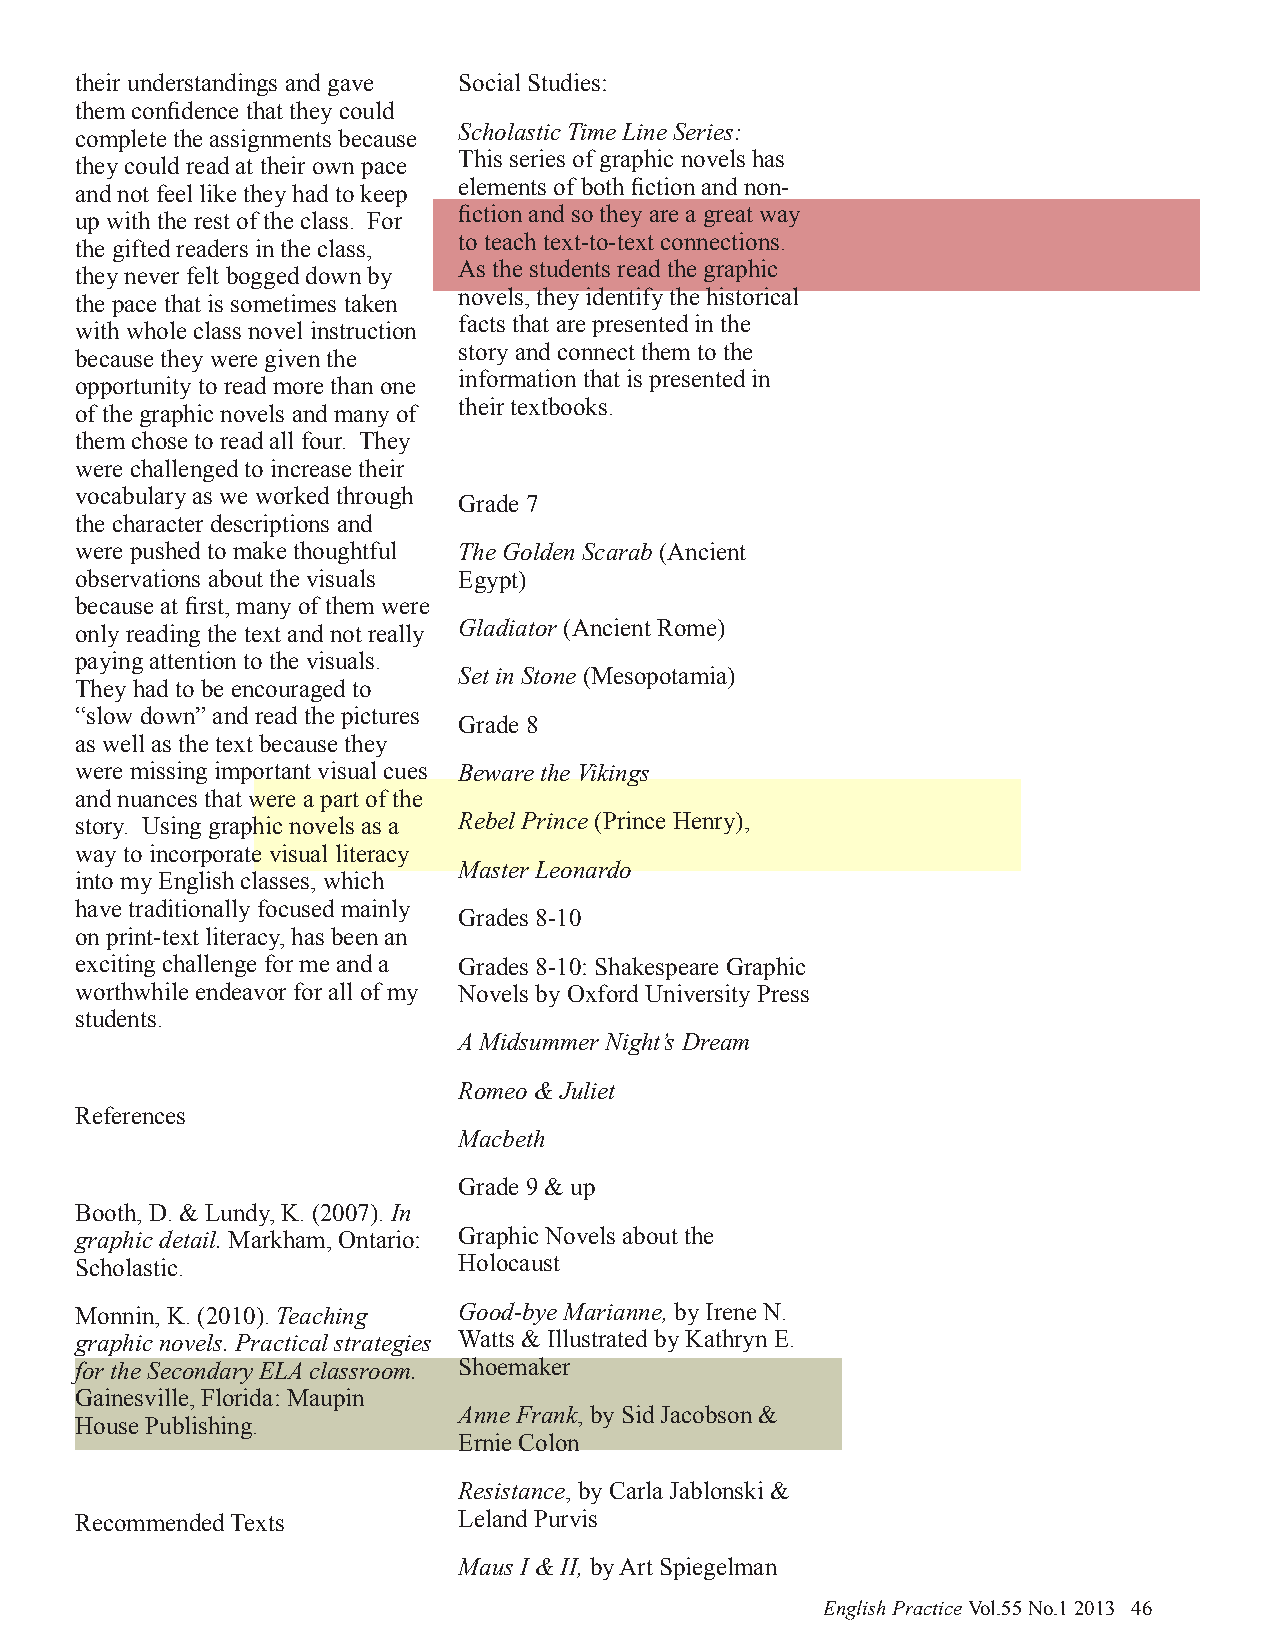
their understandings and gave Social Studies:
 them confidence that they could
 Scholastic Time Line Series:
 complete the assignments because
 This series of graphic novels has
 they could read at their own pace
 elements of both fiction and non-
 and not feel like they had to keep
 fiction and so they are a great way
 up with the rest of the class. For
 to teach text-to-text connections.
 the gifted readers in the class,
 As the students read the graphic
 they never felt bogged down by
 novels, they identify the historical
 the pace that is sometimes taken
 facts that are presented in the
 with whole class novel instruction
 story and connect them to the
 because they were given the
 information that is presented in
 opportunity to read more than one
 their textbooks.
 of the graphic novels and many of
 them chose to read all four. They
 were challenged to increase their
 vocabulary as we worked through
 Grade 7
 the character descriptions and
 were pushed to make thoughtful The Golden Scarab (Ancient
 observations about the visuals Egypt)
 because at first, many of them were
 only reading the text and not really Gladiator (Ancient Rome)
 paying attention to the visuals.
 Set in Stone (Mesopotamia)
 They had to be encouraged to
 “slow down” and read the pictures
 Grade 8
 as well as the text because they
 were missing important visual cues Beware the Vikings
 and nuances that were a part of the
 story. Using graphic novels as a Rebel Prince (Prince Henry),
 way to incorporate visual literacy
 Master Leonardo
 into my English classes, which
 have traditionally focused mainly
 Grades 8-10
 on print-text literacy, has been an
 exciting challenge for me and a Grades 8-10: Shakespeare Graphic
 worthwhile endeavor for all of my Novels by Oxford University Press
 students.
 A Midsummer Night’s Dream
 Romeo & Juliet
 References
 Macbeth
 Grade 9 & up
 Booth, D. & Lundy, K. (2007). In
 graphic detail. Markham, Ontario: Graphic Novels about the
 Scholastic.              Holocaust
 Monnin, K. (2010). Teaching Good-bye Marianne, by Irene N.
 graphic novels. Practical strategies Watts & Illustrated by Kathryn E.
 for the Secondary ELA classroom. Shoemaker
 Gainesville, Florida: Maupin
 Anne Frank, by Sid Jacobson &
 House Publishing.
 Ernie Colon
 Resistance, by Carla Jablonski &
 Recommended Texts        Leland Purvis
 Maus I & II, by Art Spiegelman
 English Practice Vol.55 No.1 2013 46